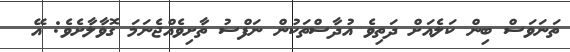
ތަނަވަސް ބިން ކަލެއަށް ދަތިވެ އުދާސްތަކުން ނަފްސު ތާށިވެއްޖެނަމަ ގޮވާލާށެވެ: އޭ